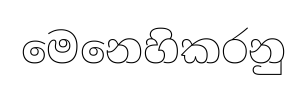
මෙනෙහිකරනු